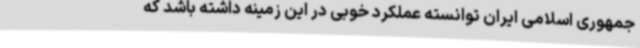
جمهوری اسلامی ایران توانسته عملکرد خوبی در این زمینه داشته باشد که